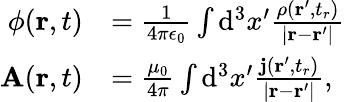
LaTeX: {\begin{array}{rl}{\phi(\mathbf{r},t)}&{={\frac{1}{4\pi\epsilon_{0}}}\int\mathrm{d}^{3}x^{\prime}{\frac{\rho\left(\mathbf{r}^{\prime},t_{r}\right)}{\left|\mathbf{r}-\mathbf{r}^{\prime}\right|}}}\\ {\mathbf{A}(\mathbf{r},t)}&{={\frac{\mu_{0}}{4\pi}}\int\mathrm{d}^{3}x^{\prime}{\frac{\mathbf{j}\left(\mathbf{r}^{\prime},t_{r}\right)}{\left|\mathbf{r}-\mathbf{r}^{\prime}\right|}},}\end{array}}